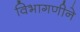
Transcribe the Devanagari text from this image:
विभागणीने